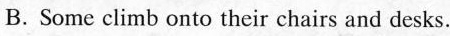
B. Some climb onto their chairs and desks.